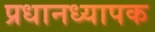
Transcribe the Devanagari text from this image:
प्रधानध्यापक